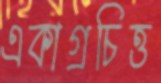
একাগ্রচিত্ত